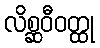
လိစ္ဆဝီဝတ္ထု